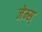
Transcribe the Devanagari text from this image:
जेम्स्